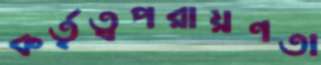
কর্তৃত্বপরায়ণতা